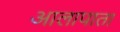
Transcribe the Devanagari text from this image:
आलापाता